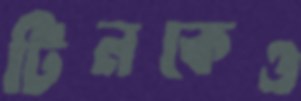
টিনকেও